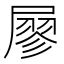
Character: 𡳇